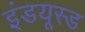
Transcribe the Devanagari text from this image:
इंडयूस्ड